King Institute of Preventive Medicine Micro-Biological Section reports 1909-11
Year: 1909
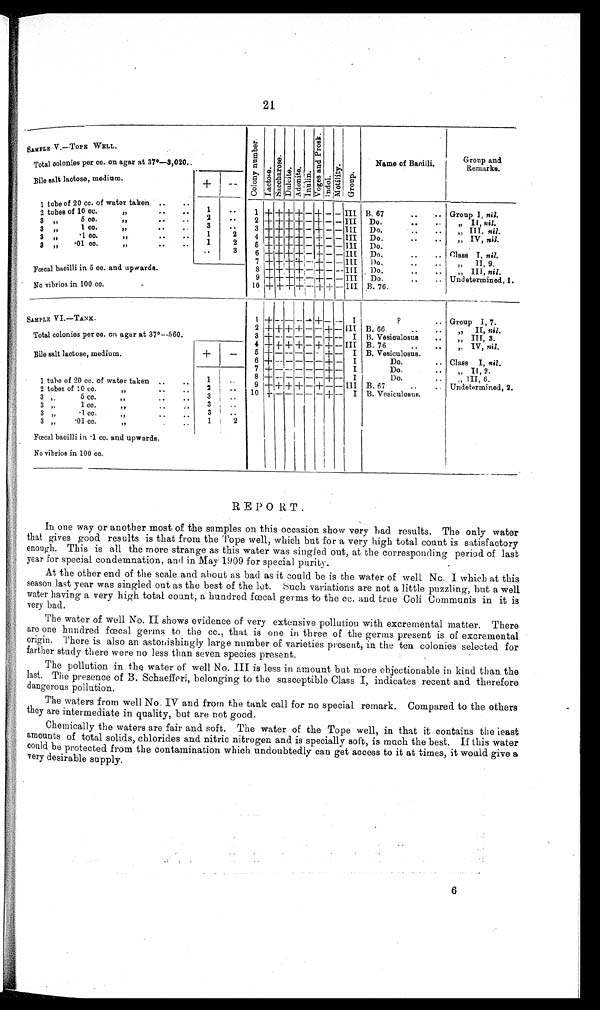
21
SAMPLE V. TOPE WELL.
C o l o n y n u m b e r .
L a c t o r e .
S a c c h a r o s e .
D u l c i t e . A d o n i t e .
I n u l i n .
V o g e s a n d P r o s k .
I n d o l .
M o t i l i t y .
G r o u p .
Name of Bacilli.
Gronp and
Remarks.
Total colonies per cc. on agar at 37º-3,020.
Bile salt lactose, medium.
+ —
1 tube of 20 cc. of water taken .. ..
2 tubes of 10 cc.
" . .
..
1
. . 1 + +
++ + + -+ - – III B. 67
.. .. Group I, nil.
3 " 5 cc.
"
. .
. .
2 . . 2 + + + + +
— + — — III Do.
. .. . ..
„ II, nil.
3 " 1 cc. " .. . . 3 .. 3 + + + +
- + - - III Do.
..
.. " III nil.
3
" -1 cc. "
. .
. . 1 2 4 + + + +
- + - - I I I Do.
.. .. „ IV, nil.
3 "
- 0 1 c c . "
. .
. . 1 2 5 + + + +
- + - -- III Do.
..
. .
"
3 6 + + + + + - + - - III Do.
.. . Class I nil.
7 + + + + + +
-+ - - I I I Do.
.. .. „ 11, 9.
Fœcal bacilli in 5 cc. and upwards.
8 + + + + + -+ - - III Do.
.. .. „
I I I ,
nil.
9 + +
++ + -+ - - III Do.
.. .. Undetermined, 1.
No vibrios in 100 cc.
10 + + + + - + - + - - III B. 76.
S A M P L E V I . — T A N K .
1
+ - -
----
-+ - - I
?.. Group I, 7.
2 + + + + - -- + -- III B. 66
.. .. „ II, Nil.
Total colonies per cc. on agar at 37º—560.
3 + -- - -- - - + -- I B. Vesioulosus .. „ III, 3.
4 + + + + - + + -- III B. 76
.. .. " IV, nil.
+ - 5 + - - - - - + -- I B. Vesiculosus.
Bile salt lactose, medium.
6 + -- - - - - + -- I
Do.
.. Class I, nit.
7 + - -- - - - + -- I
Do.
.. " II,2.
8 + - - - -+ --- I
D o .
. .
III 6
1 tube of 20 cc. of water taken .. .. 1 . . 9 + + + + - + - - I I I B. 67
. .
. . Undetemined, 2.
2 tubes of 10 cc "
..
. .
2
. . 10 + - -- - - - + -- I B. Vesiculosus.
3 " 5 cc
" .. ..
3 . .
3 "
1 cc
"
. .
. . 3 ..
3 „ -1 cc
"
..
. . 3
. .
3 „
- 0 1 c c
" . .
. . 1 2
I
Fœcal bacilli in -1 cc. and upwards.
No vibrios in 100 cc.
REPORT.
In one way or another most of the samples on this occasion show very bad results. The only water
that gives good results is that from the Tope well, which but for a very high total count is satisfactory
enough. This is all the more strange as this water was singled out, at the corresponding period of last
year for special condemnation, and in May 1909 for special purity.
At the other end of the scale and about as bad as it could be is the water of well No. I which at this
season last year was singled out as the best of the lot. Such variations are not a little puzzling, but a well
water having a very high total count, a hundred fœtal germs to the cc. and true Coli Communis in it is
very bad.
The water of well No. II shows evidence of very extensive pollution with excremental matter. There
are one hundred fœcal germs to the cc., that is one in three of the germs present is of excremental
origin. There is also an astonishingly large number of varieties present, in the ten colonies selected for
farther study there were no less than seven species present.
The pollution in the water of well No. III is less in amount but more objectionable in kind than the
last. The presence of B. Schaefferi, belonging to the susceptible Class I, indicates recent and therefore
dangerous pollution.
The waters from well No. IV and from the tank call for no special remark. Compared to the others
they are intermediate in quality, but are not good.
Chemically the waters are fair and soft. The water of the Tope well, in that it contains the least
amounts of total solids, chlorides and nitric nitrogen and is specially soft, is much the best. If this water
could be protected from the contamination which undoubtedly can get access to it at times, it would give a
very desirable supply.